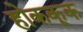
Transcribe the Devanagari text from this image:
होककूक